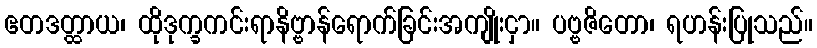
ဧတဒတ္ထာယ၊ ထိုဒုက္ခကင်းရာနိဗ္ဗာန်ရောက်ခြင်းအကျိုးငှာ။ ပဗ္ဗဇိတော၊ ရဟန်းပြုသည်။